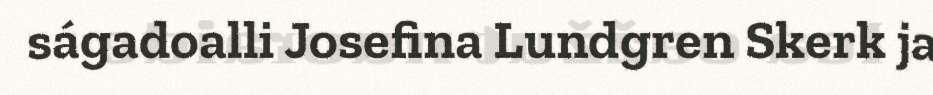
ságadoalli Josefina Lundgren Skerk ja